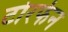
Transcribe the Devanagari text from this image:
टोरफेन